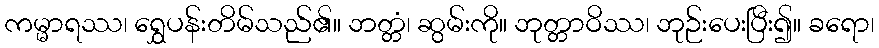
ကမ္မာရဿ၊ ရွှေပန်းတိမ်သည်၏။ ဘတ္တံ၊ ဆွမ်းကို။ ဘုတ္တာဝိဿ၊ ဘုဉ်းပေးပြီး၍။ ခရော၊